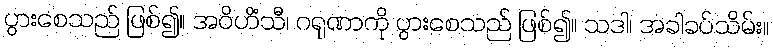
ပွားစေသည် ဖြစ်၍။ အဝိဟိံသီ၊ ဂရုဏာကို ပွားစေသည် ဖြစ်၍။ သဒါ၊ အခါခပ်သိမ်း။